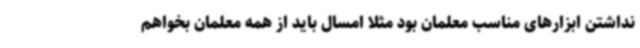
نداشتن ابزارهای مناسب معلمان بود مثلاً امسال باید از همه معلمان بخواهم